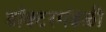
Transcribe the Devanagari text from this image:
डॉक्टरमंडळी